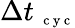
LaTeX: \Delta t_{\mathrm{~\scriptsize~c~y~c~}}